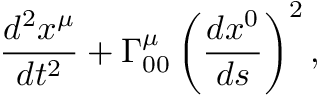
\frac { d ^ { 2 } x ^ { \mu } } { d t ^ { 2 } } + \Gamma _ { 0 0 } ^ { \mu } \left( \frac { d x ^ { 0 } } { d s } \right) ^ { 2 } ,